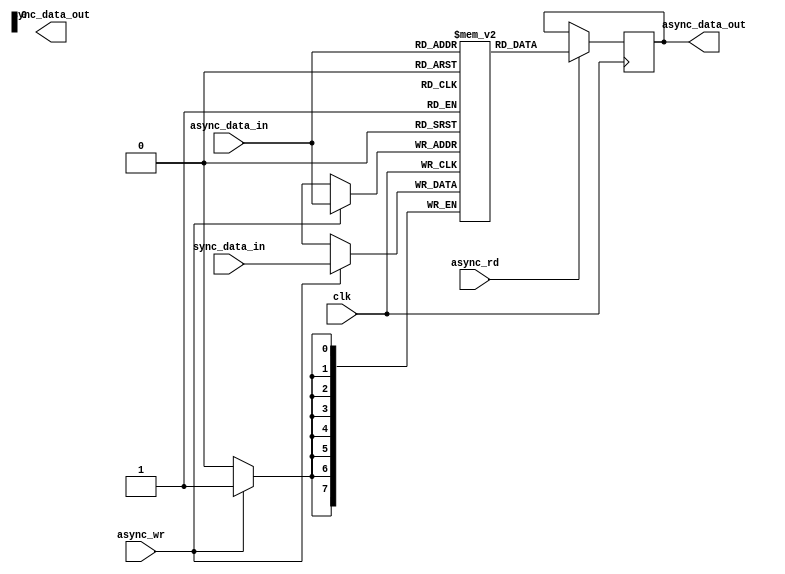
module DualPortRAM (
    input wire clk, // Clock signal for synchronous port
    input wire async_rd, // Read enable signal for asynchronous port
    input wire async_wr, // Write enable signal for asynchronous port
    input wire [7:0] async_data_in, // Data input for asynchronous port
    output reg [7:0] async_data_out, // Data output for asynchronous port
    input wire [7:0] sync_data_in, // Data input for synchronous port
    output reg [7:0] sync_data_out // Data output for synchronous port
);

reg [7:0] memory [0:255]; // Memory block with 256 memory locations

always @(posedge clk) begin
    if (async_wr) begin
        memory[async_data_in] <= sync_data_in;
    end
    if (async_rd) begin
        async_data_out <= memory[async_data_in];
    end
end

endmodule